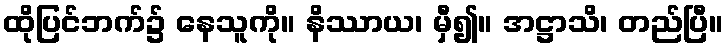
ထိုပြင်ဘက်၌ နေသူကို။ နိဿာယ၊ မှီ၍။ အဋ္ဌာသိ၊ တည်ပြီ။